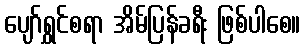
ပျော်ရွှင်စရာ အိမ်ပြန်ခရီး ဖြစ်ပါစေ။